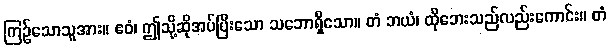
ကြဉ်သောသူအား။ ဧဝံ၊ ဤသို့ဆိုအပ်ပြီးသော သဘောရှိသော။ တံ ဘယံ၊ ထိုဘေးသည်လည်းကောင်း။ တံ